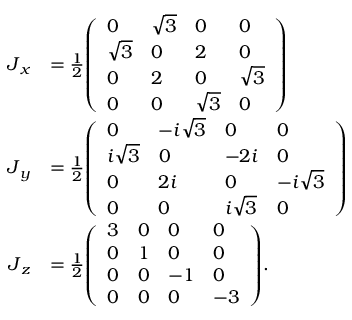
{ \begin{array} { r l } { { \boldsymbol { J } } _ { x } } & { = { \frac { 1 } { 2 } } { \left( \begin{array} { l l l l } { 0 } & { { \sqrt { 3 } } } & { 0 } & { 0 } \\ { { \sqrt { 3 } } } & { 0 } & { 2 } & { 0 } \\ { 0 } & { 2 } & { 0 } & { { \sqrt { 3 } } } \\ { 0 } & { 0 } & { { \sqrt { 3 } } } & { 0 } \end{array} \right) } } \\ { { \boldsymbol { J } } _ { y } } & { = { \frac { 1 } { 2 } } { \left( \begin{array} { l l l l } { 0 } & { - i { \sqrt { 3 } } } & { 0 } & { 0 } \\ { i { \sqrt { 3 } } } & { 0 } & { - 2 i } & { 0 } \\ { 0 } & { 2 i } & { 0 } & { - i { \sqrt { 3 } } } \\ { 0 } & { 0 } & { i { \sqrt { 3 } } } & { 0 } \end{array} \right) } } \\ { { \boldsymbol { J } } _ { z } } & { = { \frac { 1 } { 2 } } { \left( \begin{array} { l l l l } { 3 } & { 0 } & { 0 } & { 0 } \\ { 0 } & { 1 } & { 0 } & { 0 } \\ { 0 } & { 0 } & { - 1 } & { 0 } \\ { 0 } & { 0 } & { 0 } & { - 3 } \end{array} \right) } . } \end{array} }